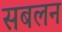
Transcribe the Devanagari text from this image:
सबलन